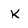
Character: K